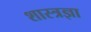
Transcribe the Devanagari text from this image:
शास्त्रज्ञा